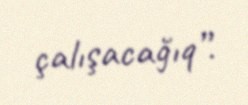
çalışacağıq”.